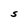
Character: S